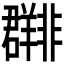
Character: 𬚀